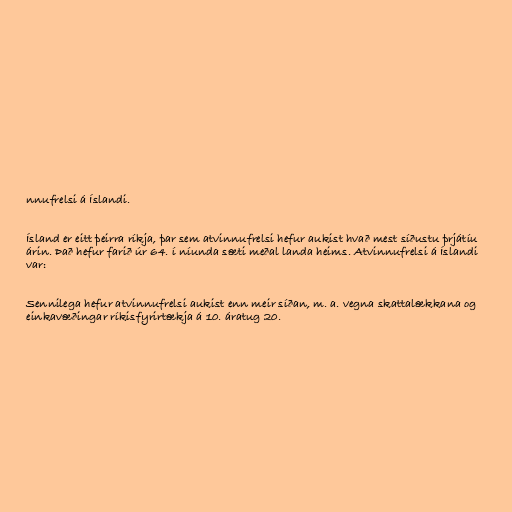
nnufrelsi á Íslandi.

Ísland er eitt þeirra ríkja, þar sem atvinnufrelsi hefur aukist hvað mest síðustu þrjátíu
árin. Það hefur farið úr 64. í níunda sæti meðal landa heims. Atvinnufrelsi á Íslandi
var:

Sennilega hefur atvinnufrelsi aukist enn meir síðan, m. a. vegna skattalækkana og
einkavæðingar ríkisfyrirtækja á 10. áratug 20.